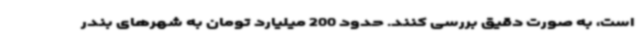
است، به صورت دقیق بررسی کنند. حدود 200 میلیارد تومان به شهرهای بندر